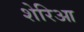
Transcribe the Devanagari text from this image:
शेरिआ